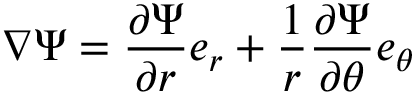
\nabla \Psi = { \frac { \partial \Psi } { \partial r } } { \boldsymbol { e } } _ { r } + { \frac { 1 } { r } } { \frac { \partial \Psi } { \partial \theta } } { \boldsymbol { e } } _ { \theta }